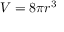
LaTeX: V = 8 \pi r ^ { 3 }